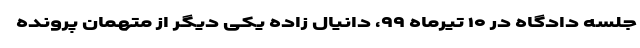
جلسه دادگاه در ۱۰ تیرماه ۹۹، دانیال زاده یکی دیگر از متهمان پرونده